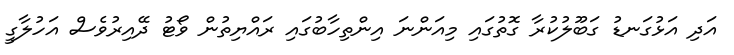
އަދި އަޅުގަނޑު ގަބޫލުކުރާ ގޮތުގައި މިއަންނަ އިންތިހާބުގައި ރައްޔިތުން ވޯޓު ދޭއިރުވެސް އަހުލާގީ